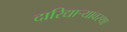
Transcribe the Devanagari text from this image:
दारिद्र्याऱ्यावस्था